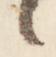
々